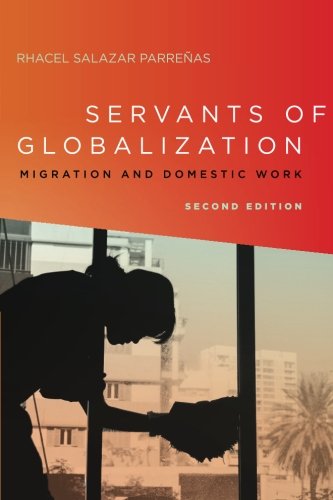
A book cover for Servants of Globalization: Migration and Domestic Work, Second Edition; Rhacel ParreÃ±as; Business & Money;